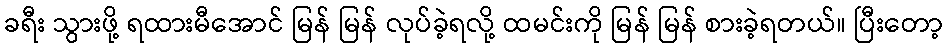
ခရီး သွားဖို့ ရထားမီအောင် မြန် မြန် လုပ်ခဲ့ရလို့ ထမင်းကို မြန် မြန် စားခဲ့ရတယ်။ ပြီးတော့